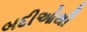
બદીઓથી